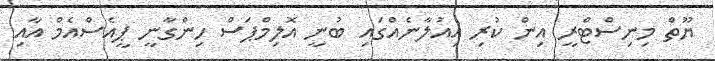
ޔޫތް މިނިސްޓްރީ އިން ކުރި އިއުލާނެއްގައި ބުނީ އޮލިމްޕަސް ހިންގާނީ ޕީއެސްއެމް އާއި